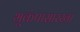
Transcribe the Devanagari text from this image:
भूकंपासारखा